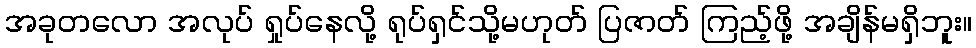
အခုတလော အလုပ် ရှုပ်နေလို့ ရုပ်ရှင်သို့မဟုတ် ပြဇာတ် ကြည့်ဖို့ အချိန်မရှိဘူး။